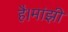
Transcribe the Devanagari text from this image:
है।मांझी